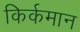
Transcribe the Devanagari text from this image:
किर्कमान